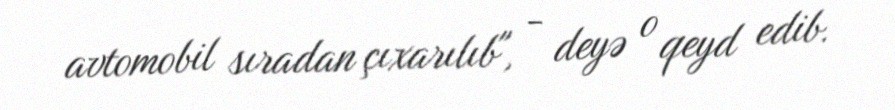
avtomobil sıradan çıxarılıb", - deyə o qeyd edib.